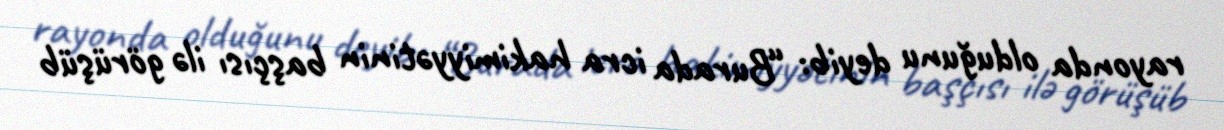
rayonda olduğunu deyib: “Burada icra hakimiyyətinin başçısı ilə görüşüb